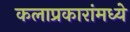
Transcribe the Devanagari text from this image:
कलाप्रकारांमध्ये